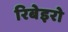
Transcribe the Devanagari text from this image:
रिबेइरो